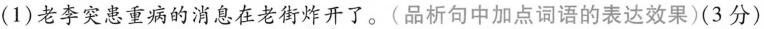
(1)老李突患重病的消息在老街炸开了。(品析句中加点词语的表达效果)(3分)